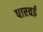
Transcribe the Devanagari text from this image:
पारवई